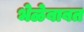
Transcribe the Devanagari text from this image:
भेळेबाबत